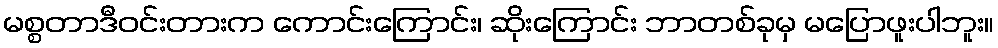
မစ္စတာဒီဝင်းတားက ကောင်းကြောင်း၊ ဆိုးကြောင်း ဘာတစ်ခုမှ မပြောဖူးပါဘူး။